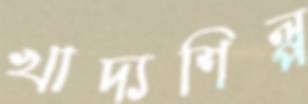
খাদ্যশিল্প